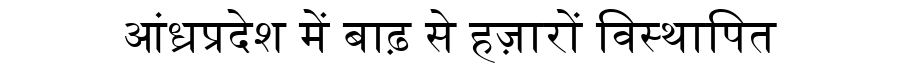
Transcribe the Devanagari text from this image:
आंध्रप्रदेश में बाढ़ से हज़ारों विस्थापित